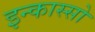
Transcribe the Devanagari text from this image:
इन्कास्सो